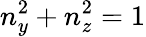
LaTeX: n_{y}^{2}+n_{z}^{2}=1